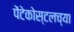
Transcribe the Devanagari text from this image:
पेंटेकोस्टलच्या